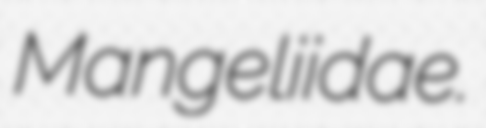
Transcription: Mangeliidae.